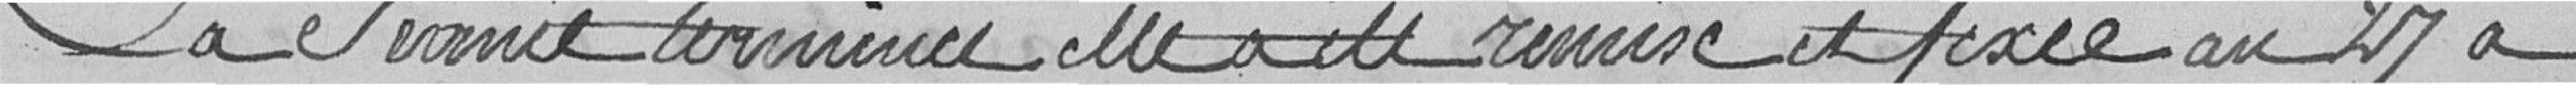
La séance terminée, elle a été remise et fixée au 27 à